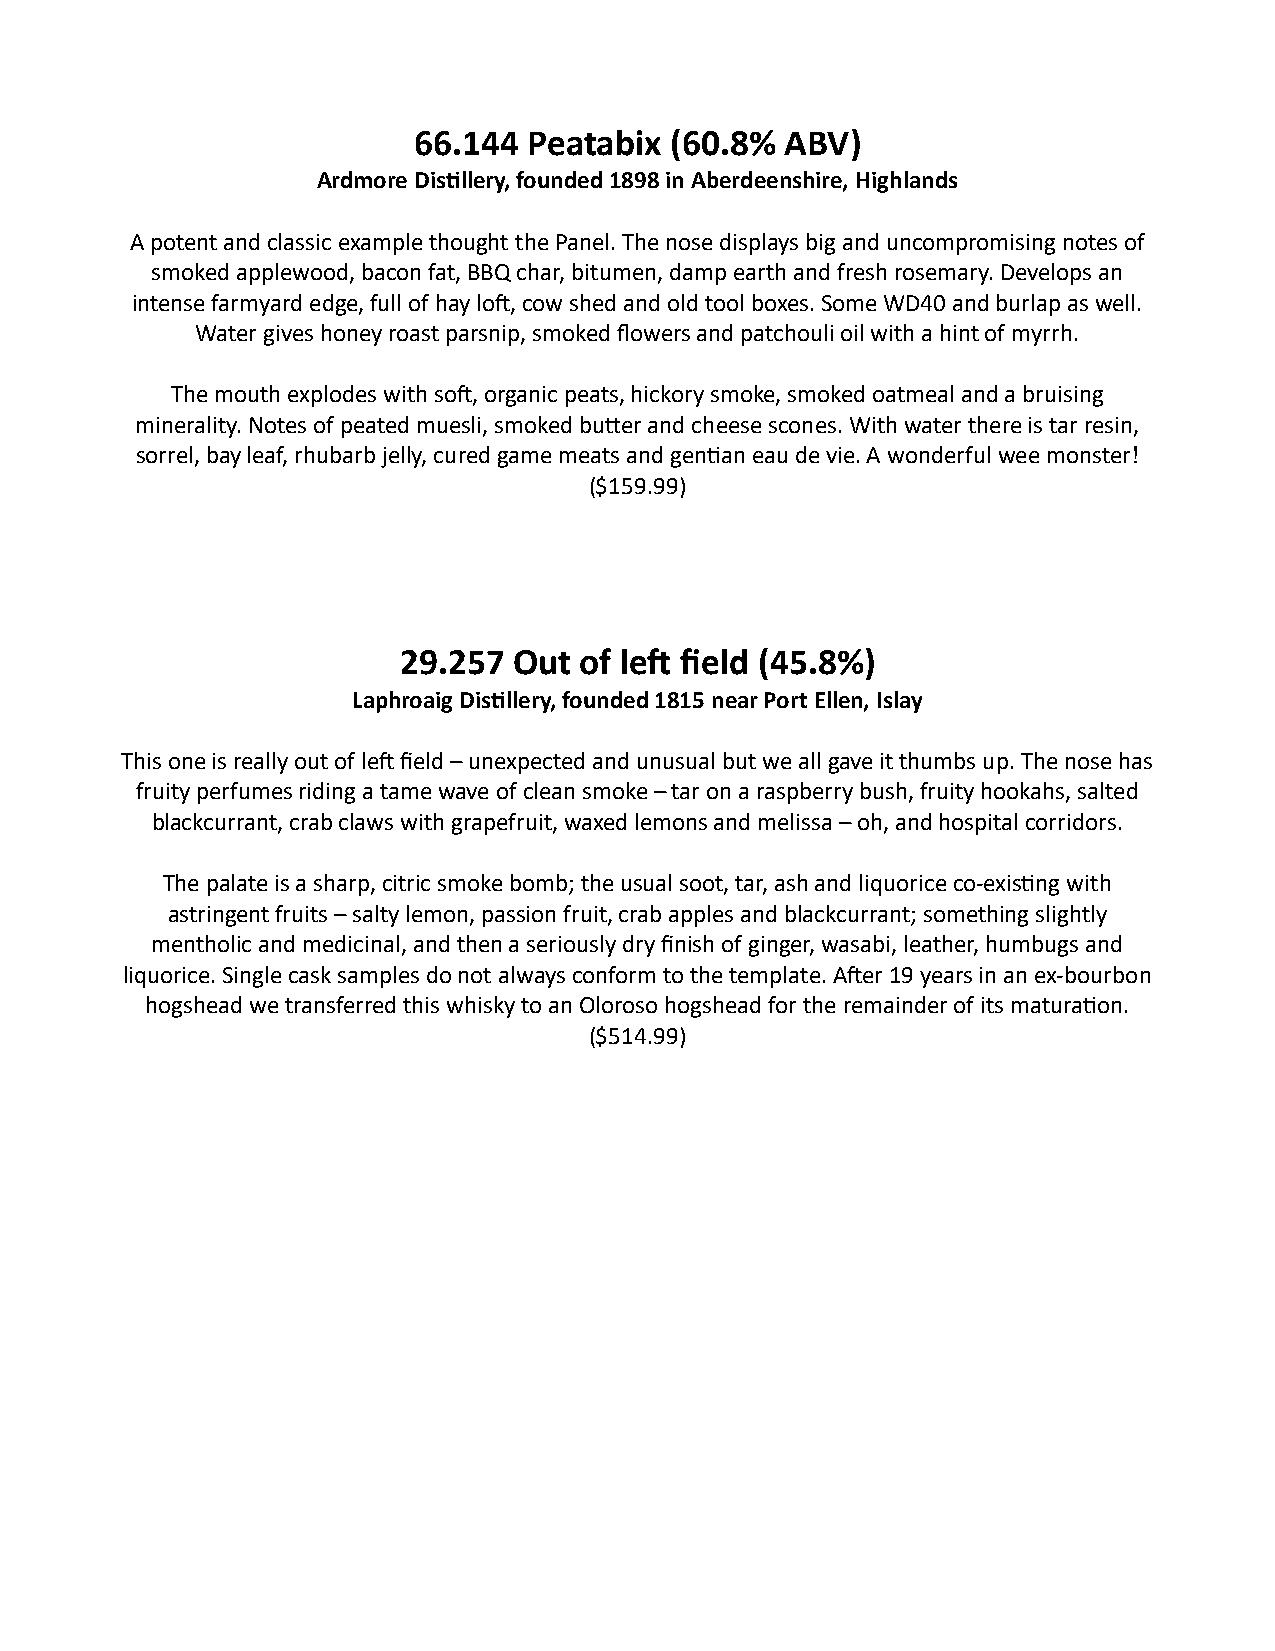
66.144  Peatabix (60.8%  ABV)
 Ardmore Distillery, founded 1898 in Aberdeenshire, Highlands
 A potent and classic example thought the Panel. The nose displays big and uncompromising notes of
 smoked applewood, bacon fat, BBQ char, bitumen, damp earth and fresh rosemary. Develops an
 intense farmyard edge, full of hay loft, cow shed and old tool boxes. Some WD40 and burlap as well.
 Water gives honey roast parsnip, smoked flowers and patchouli oil with a hint of myrrh.
 The mouth explodes with soft, organic peats, hickory smoke, smoked oatmeal and a bruising
 minerality. Notes of peated muesli, smoked butter and cheese scones. With water there is tar resin,
 sorrel, bay leaf, rhubarb jelly, cured game meats and gentian eau de vie. A wonderful wee monster!
 ($159.99)
 29.257  Out of left field (45.8%)
 Laphroaig Distillery, founded 1815 near Port Ellen, Islay
 This one is really out of left field – unexpected and unusual but we all gave it thumbs up. The nose has
 fruity perfumes riding a tame wave of clean smoke – tar on a raspberry bush, fruity hookahs, salted
 blackcurrant, crab claws with grapefruit, waxed lemons and melissa – oh, and hospital corridors.
 The palate is a sharp, citric smoke bomb; the usual soot, tar, ash and liquorice co-existing with
 astringent fruits – salty lemon, passion fruit, crab apples and blackcurrant; something slightly
 mentholic and medicinal, and then a seriously dry finish of ginger, wasabi, leather, humbugs and
 liquorice. Single cask samples do not always conform to the template. After 19 years in an ex-bourbon
 hogshead we transferred this whisky to an Oloroso hogshead for the remainder of its maturation.
 ($514.99)